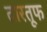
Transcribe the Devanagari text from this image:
तारतूफ